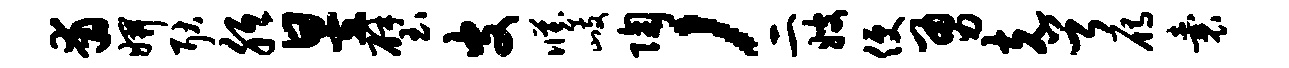
甫妍耿胝昱璧皮臧歧陶，二嫂便勇克首雁囊